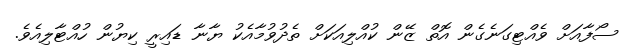
ސޯފާއަށް ވެއްޓިގަނެގެން އޮތް ޒޭން ކުއްލިއަކަށް ތެދުވުމާއެކު ޔާނާ ޑައިރީ ކިޔުން ހުއްޓާލިއެވެ.